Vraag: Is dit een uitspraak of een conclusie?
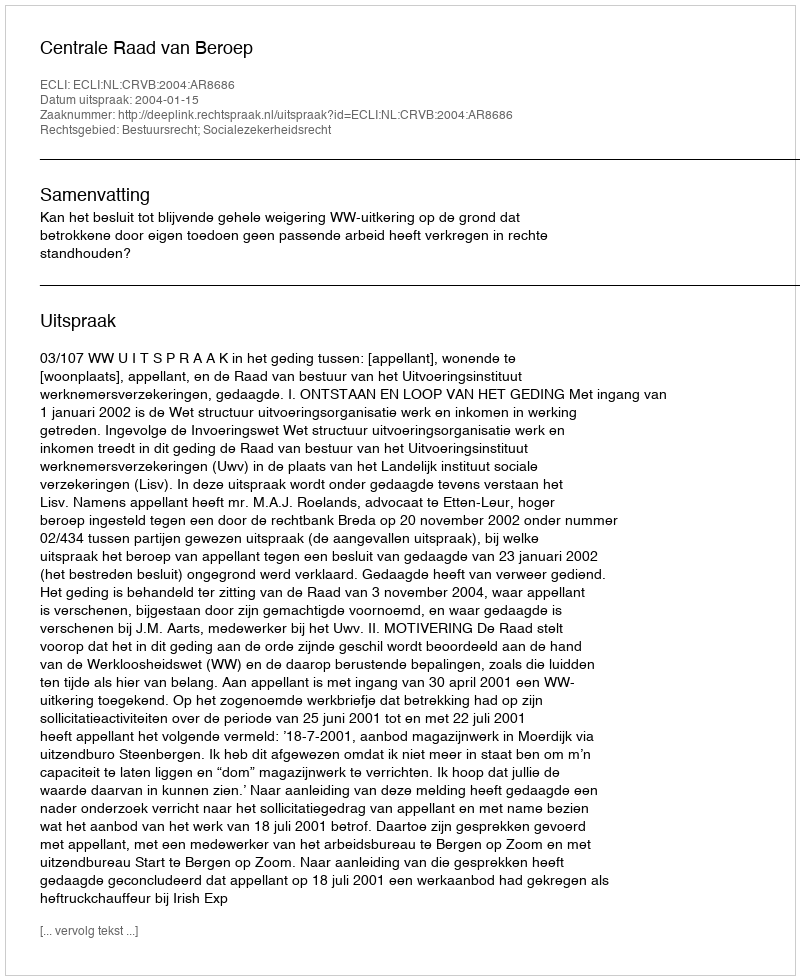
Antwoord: Uitspraak